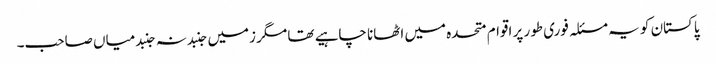
پاکستان کو یہ مسئلہ فوری طور پر اقوام متحدہ میں اٹھانا چاہیے تھا مگر زمیں جنبد نہ جنبد میاں صاحب۔